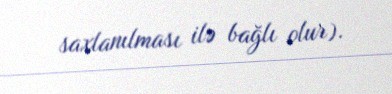
saxlanılması ilə bağlı olur).